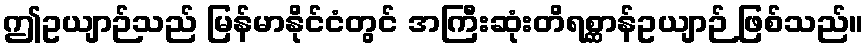
ဤဥယျာဉ်သည် မြန်မာနိုင်ငံတွင် အကြီးဆုံးတိရစ္ဆာန်ဥယျာဉ် ဖြစ်သည်။